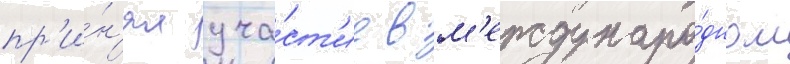
пр'и́н'ял уча́ст'ие в м'еждунаро́дном